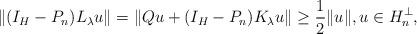
LaTeX: \begin{align*}\|(I_H-P_n)L_\lambda u\|=\|Qu+(I_H-P_n)K_\lambda u\|\geq\frac{1}{2}\|u\|,u\in H^\perp_n,\end{align*}